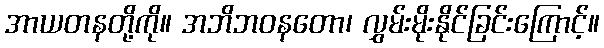
အာယတနတို့ကို။ အဘိဘဝနတော၊ လွှမ်းမိုးနိုင်ခြင်းကြောင့်။